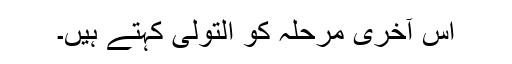
اس آخری مرحلہ کو اَلتَّوَلِّی کہتے ہیں۔